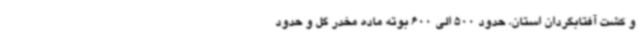
و کشت آفتابگردان استان، حدود 500 الی 600 بوته ماده مخدر گل و حدود